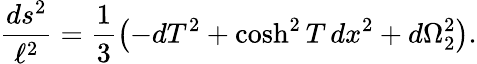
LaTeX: {\frac{ds^{2}}{\ell^{2}}}=\frac{1}{3}\left(-dT^{2}+\cosh^{2}T\, dx^{2}+d\Omega_{2}^{2}\right).